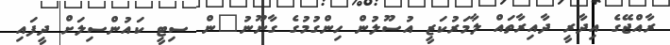
ރާއްޖޭގެ އިދާރީ ދާއިރާތައް ލާމަރުކަޒީ އުސޫލުން ހިންގުމުގެ ގާނޫނު"ން ސިޓީ ކައުންސިލަށް ދީފައި